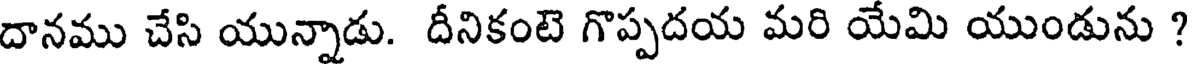
దానము చేసి యున్నాడు. దీనికంటె గొప్పదయ మరి యేమి యుండును ?